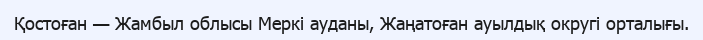
Қостоған — Жамбыл облысы Меркі ауданы, Жаңатоған ауылдық округі орталығы.